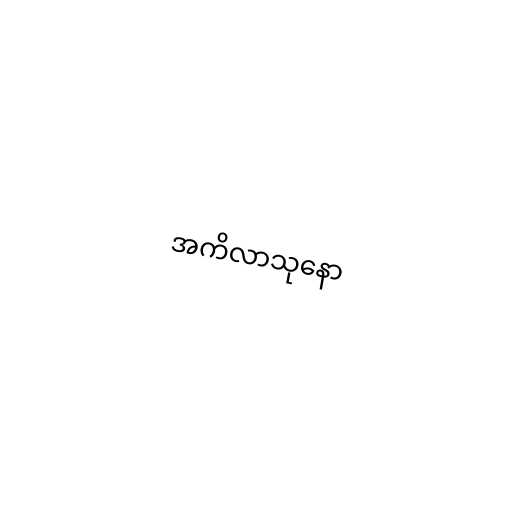
အကိလာသုနော